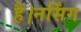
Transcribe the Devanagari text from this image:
है।नर्सिंग